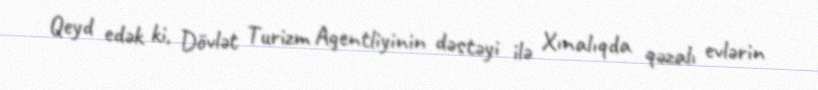
Qeyd edək ki, Dövlət Turizm Agentliyinin dəstəyi ilə Xınalıqda qəzalı evlərin